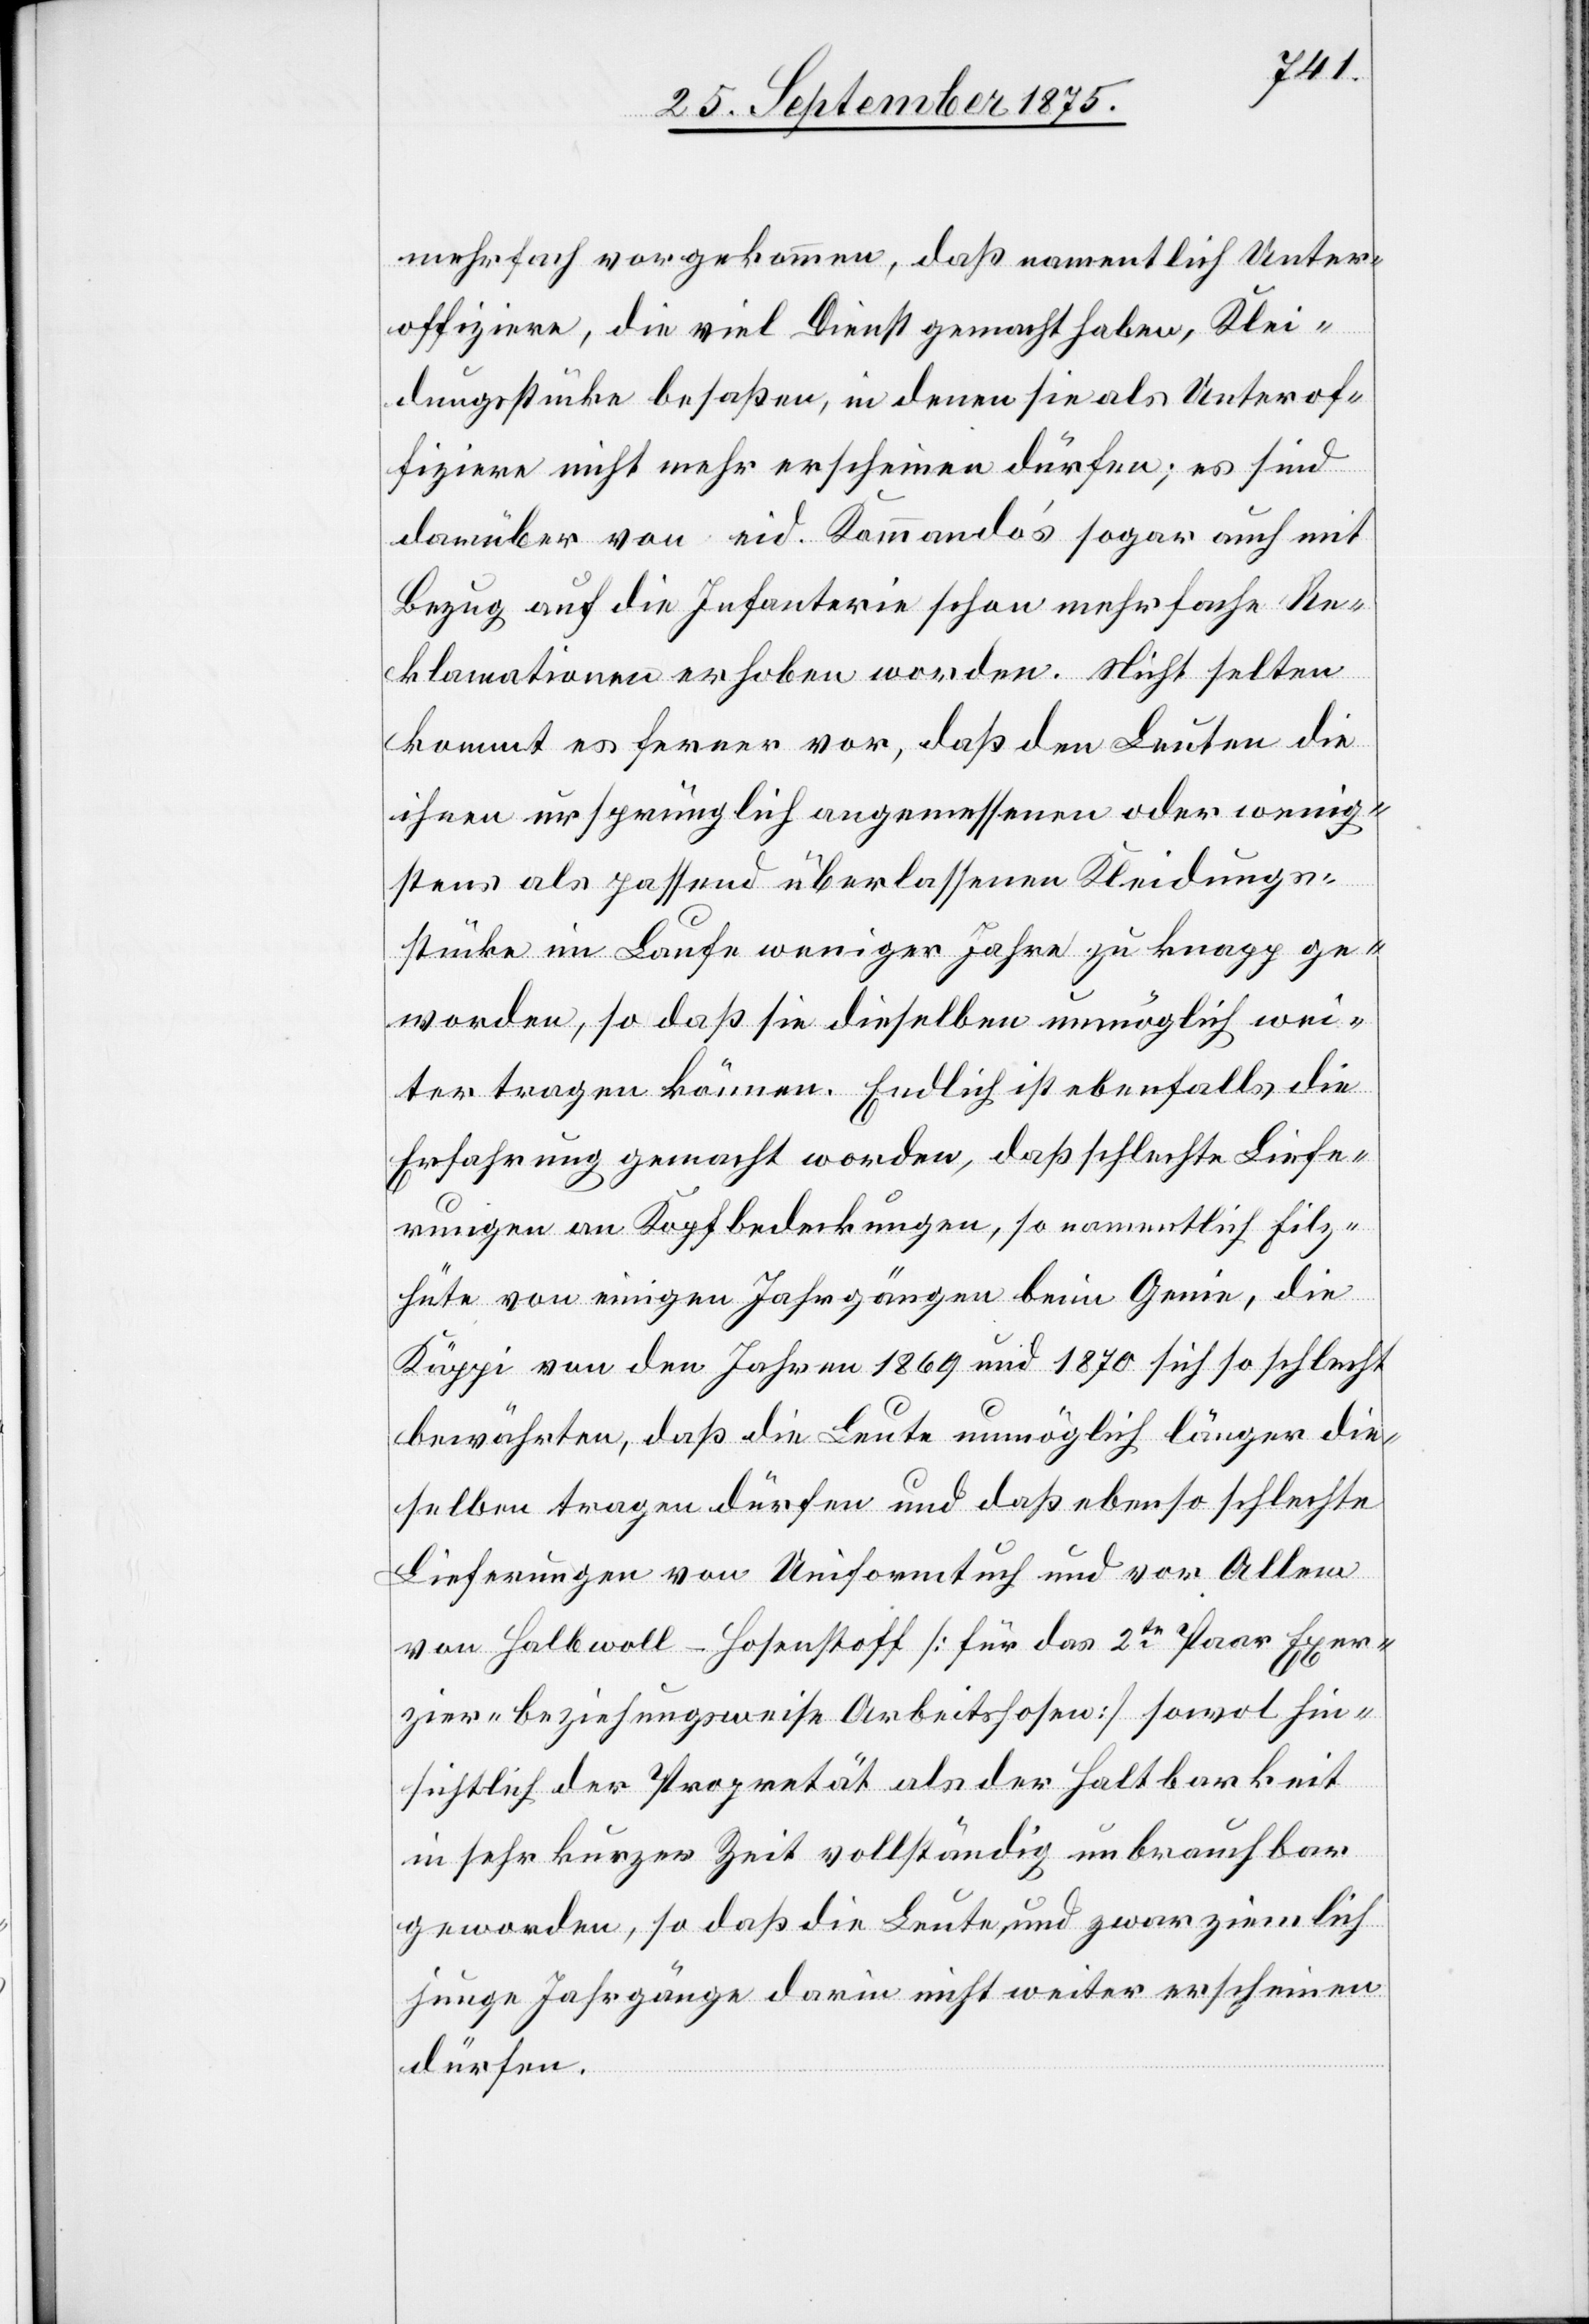
mehrfach vorgekommen, daß namentlich Unter¬
offiziere, die viel Dienst gemacht haben, Klei¬
dungsstücke besaßen, in denen sie als Unterof¬
fiziere nicht mehr erscheinen dürfen; es sind
darüber von eid. Kommando’s sogar auch mit
Bezug auf die Infanterie schon mehrfache Re¬
klamationen erhoben worden. Nicht selten
kommt es ferner vor, daß den Leuten die
ihnen ursprünglich angemessenen oder wenig¬
stens als passend überlassenen Kleidungs¬
stücke im Laufe weniger Jahre zu knapp ge¬
worden, so daß sie dieselben unmöglich wei¬
ter tragen können. Endlich ist ebenfalls die
Erfahrung gemacht worden, daß schlechte Liefe¬
rungen an Kopfbedeckungen, so namentlich Filz¬
hüte von einigen Jahrgängen beim Genie, die
Käppi von den Jahren 1869 und 1870 sich so schlecht
bewährten, daß die Leute unmöglich länger die¬
selben tragen dürfen und daß ebenso schlechte
Lieferungen von Uniformtuch und vor Allem
von Halbwoll-Hosenstoff [für das 2te Paar Exer¬
zier- beziehungsweise Arbeitshosen] sowol hin¬
sichtlich der Propretät als der Haltbarkeit
in sehr kurzer Zeit vollständig unbrauchbar
geworden, so daß die Leute, und zwar ziemlich
junge Jahrgänge darin nicht weiter erscheinen
dürfen